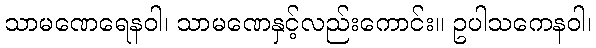
သာမဏေရေနဝါ၊ သာမဏေနှင့်လည်းကောင်း။ ဥပါသကေနဝါ၊